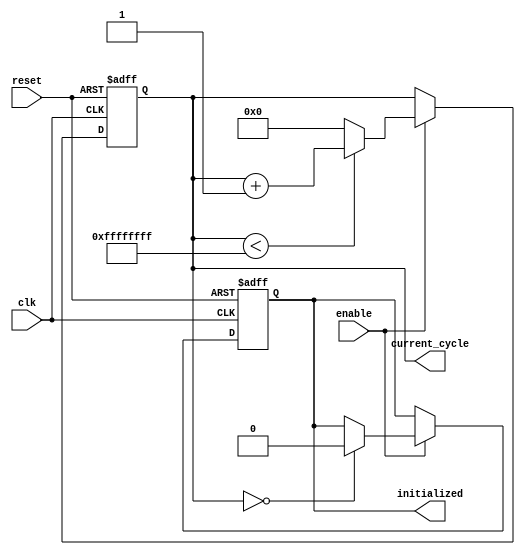
module ClockCycleInitialization (
    input wire clk,           // Clock signal
    input wire reset,         // Asynchronous reset signal
    input wire enable,        // Control signal to enable counting
    output reg [31:0] current_cycle, // Register to hold current clock cycle count
    output reg initialized    // Flag indicating system initialization status
);

    // Parameter for maximum cycle count (example: 2^32 - 1)
    parameter MAX_CYCLE_COUNT = 32'hFFFFFFFF;

    // Always block for synchronous behavior
    always @(posedge clk or posedge reset) begin
        if (reset) begin
            // On reset, initialize current_cycle and set initialized flag
            current_cycle <= 32'b0;
            initialized <= 1'b1; // Set initialized flag during reset
        end else if (enable) begin
            // Increment current_cycle if enabled
            if (current_cycle < MAX_CYCLE_COUNT) begin
                current_cycle <= current_cycle + 1;
            end else begin
                // Reset current_cycle on overflow
                current_cycle <= 32'b0;
            end
            
            // Clear initialized flag after the first cycle
            if (current_cycle == 32'b0) begin
                initialized <= 1'b0; // System is operational after first increment
            end
        end
    end

endmodule